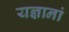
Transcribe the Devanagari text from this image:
यज्ञानां